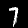
Digit: 7